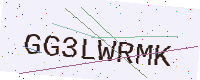
Text: GG3LWRMK